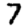
Digit: 7